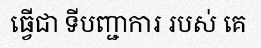
ធ្វើជា ទីបញ្ជាការ របស់ គេ